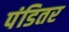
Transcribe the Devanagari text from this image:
पंडितर